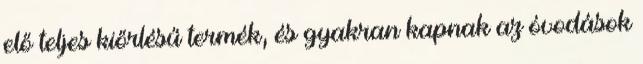
elő teljes kiőrlésű termék, és gyakran kapnak az óvodások